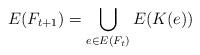
LaTeX: \begin{align*}E(F_{t+1}) = \bigcup_{e \in E(F_t)} E(K(e))\end{align*}